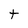
Character: t